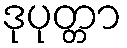
ဒုပုတ္တာ